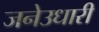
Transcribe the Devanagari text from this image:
जनेउधारी